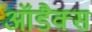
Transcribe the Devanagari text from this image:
आॅडैक्स